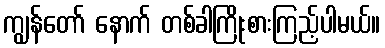
ကျွန်တော် နောက် တစ်ခါကြိုးစားကြည့်ပါမယ်။